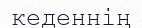
кеденнің